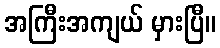
အကြီးအကျယ် မှားပြီ။